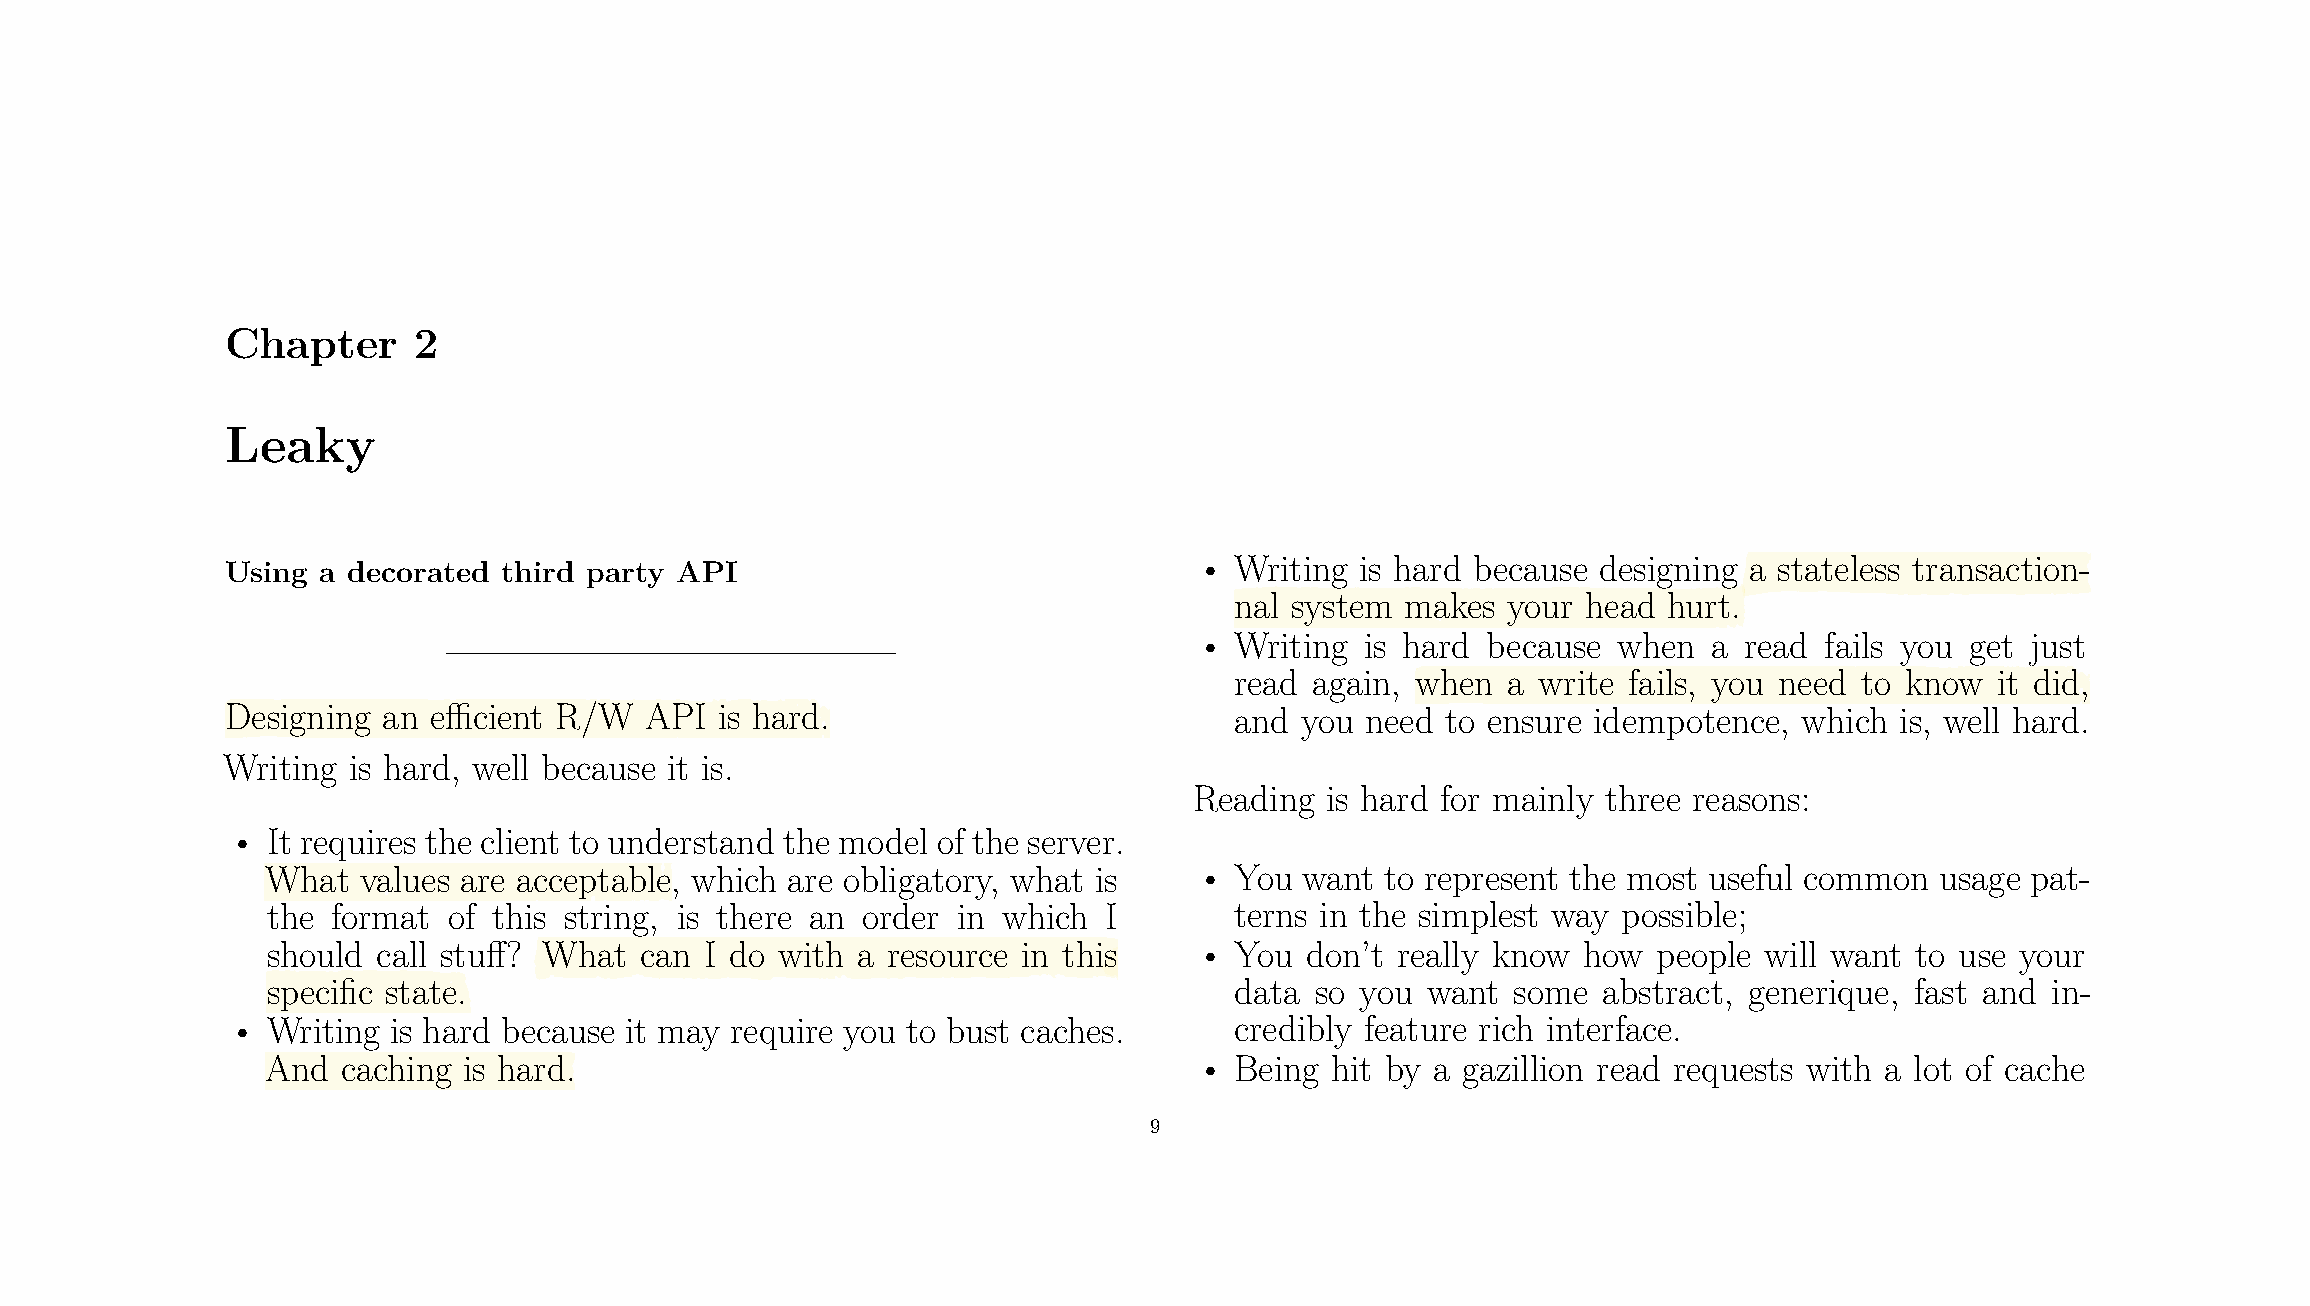
Chapter     2
 Leaky
 Using a decorated third party API                               •  Writing is hard because designing a stateless transaction-
 nal system makes  your head hurt.
 •  Writing is hard because  when  a read  fails you get just
 read again, when  a write fails, you need to know it did,
 Designing an ecient  R/W   API  is hard.                          and you need  to ensure idempotence, which  is, well hard.
 Writing is hard, well because it is.
 Reading  is hard for mainly three reasons:
 •  It requires the client to understand the model of the server.
 What  values are acceptable, which are obligatory, what is   •  You want  to represent the most useful common usage pat-
 the format  of this string, is there an order in which I        terns in the simplest way possible;
 should call stu? What  can  I do with a resource in this    •  You don’t really know  how  people will want to use your
 specific state.                                                 data so you want  some  abstract, generique, fast and in-
 •  Writing is hard because it may require you to bust caches.      credibly feature rich interface.
 And  caching is hard.                                        •  Being hit by a gazillion read requests with a lot of cache
 9